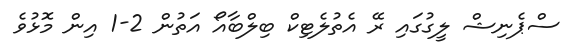
ސްޕެނިޝް ލީގުގައި ރޭ އެތުލެޓިކް ބިލްބާއޯ އަތުން 2-1 އިން މޮޅުވެ